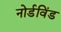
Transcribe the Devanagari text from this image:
नोर्डविंड